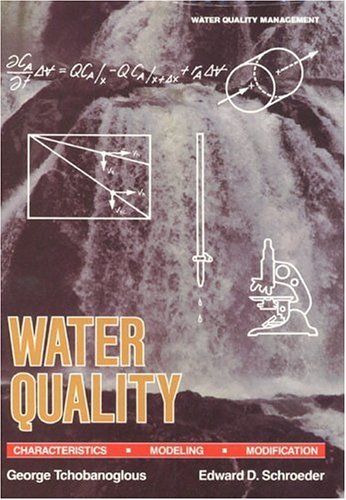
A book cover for Water Quality: Characteristics, Modeling and Modification; George Tchobanoglous; Science & Math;